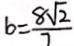
b = \frac { 8 \sqrt { 2 } } { 7 }